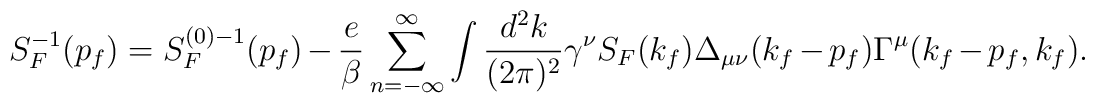
S^{-1}_F(p_f)=S^{(0)-1}_F(p_f) - {e \over \beta} \sum_{n = - \infty }^{ \infty }\int {d^2k \over (2 \pi)^2 } \gamma^{\nu}  S_F(k_f) \Delta_{\mu \nu}(k_f-p_f) \Gamma^{\mu}(k_f-p_f,k_f).